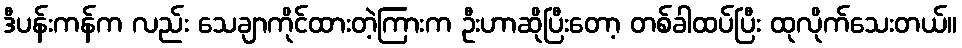
ဒီပန်းကန်က လည်း သေချာကိုင်ထားတဲ့ကြားက ဦးဟာဆိုပြီးတော့ တစ်ခါထပ်ပြီး ထုလိုက်သေးတယ်။